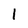
Character: 1